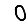
Digit: 0